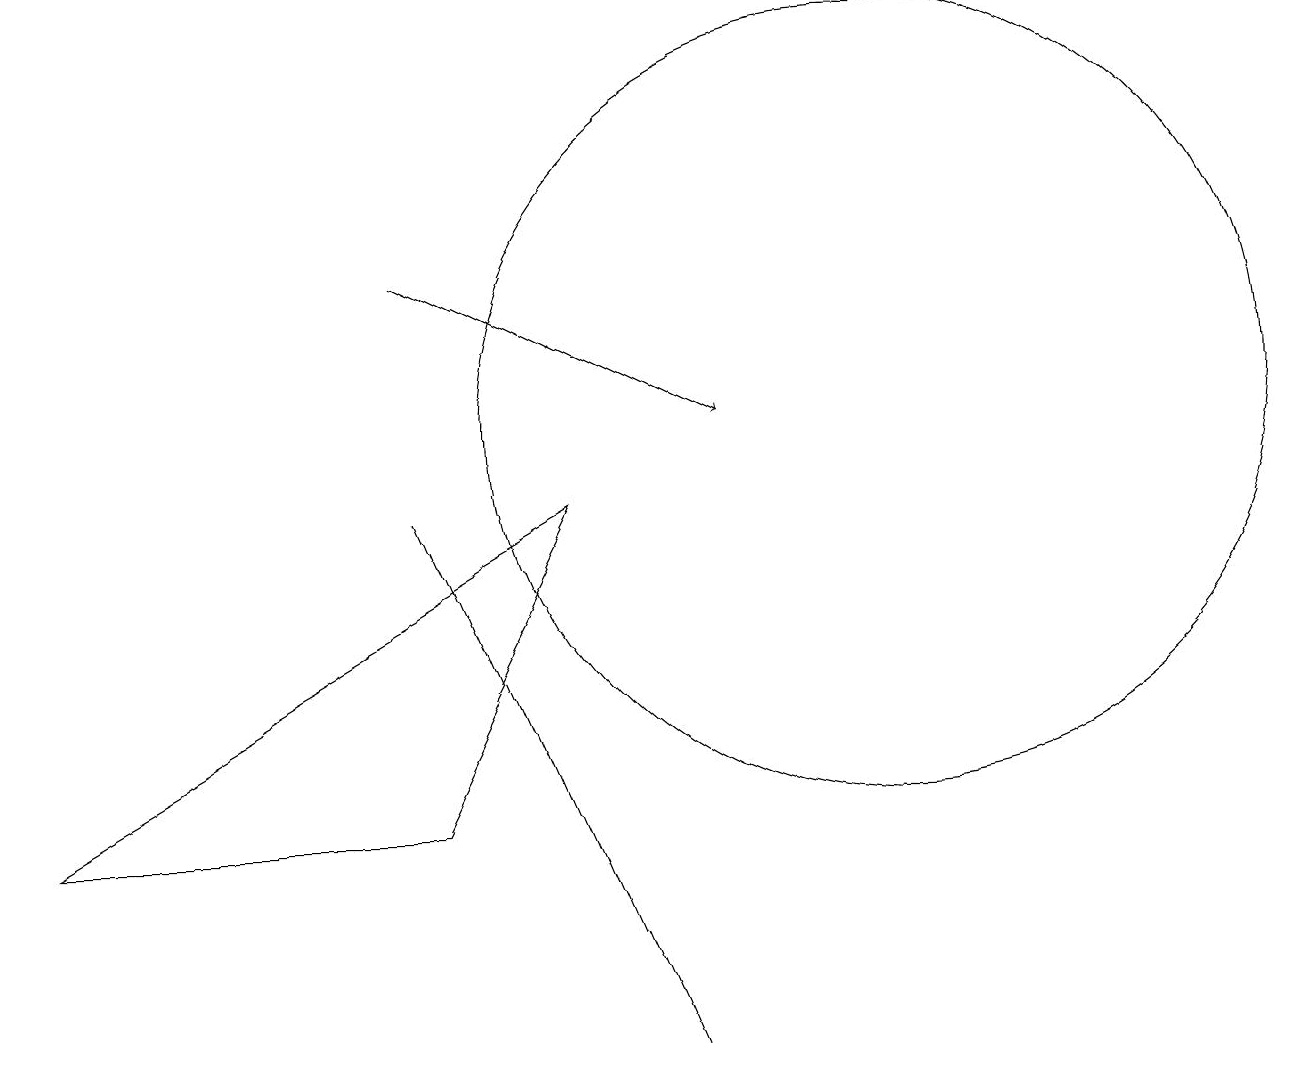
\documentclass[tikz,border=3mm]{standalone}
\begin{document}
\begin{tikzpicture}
\draw (11,10) circle (5);
\draw (10,10) circle (0);
\draw (7,9) -- (0,5) -- (5,5) -- cycle;
\draw (5,9) -- (8,2) -- (8,2) -- cycle;
\draw[->] (5,12) -- (9,10);
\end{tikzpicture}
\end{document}